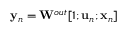
{ \bf y } _ { n } = { \bf W } ^ { o u t } [ 1 ; { \bf u } _ { n } ; { \bf x } _ { n } ]